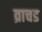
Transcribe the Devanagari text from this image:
व्राचड